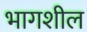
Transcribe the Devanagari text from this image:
भागशील